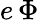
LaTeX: e\, \Phi